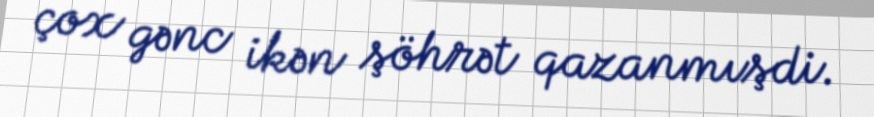
çox gənc ikən şöhrət qazanmışdi.